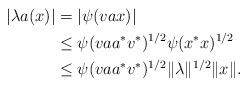
LaTeX: \begin{align*}|\lambda a(x)|&=|\psi (vax)| \\ &\leq \psi (vaa^*v^*)^{1/2}\psi (x^*x)^{1/2} \\ &\leq \psi (vaa^*v^*)^{1/2} \| \lambda \| ^{1/2} \| x\| . \end{align*}